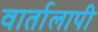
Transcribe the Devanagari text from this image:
वार्तालापी